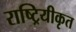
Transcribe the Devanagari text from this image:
राष्ट्रियीकृत